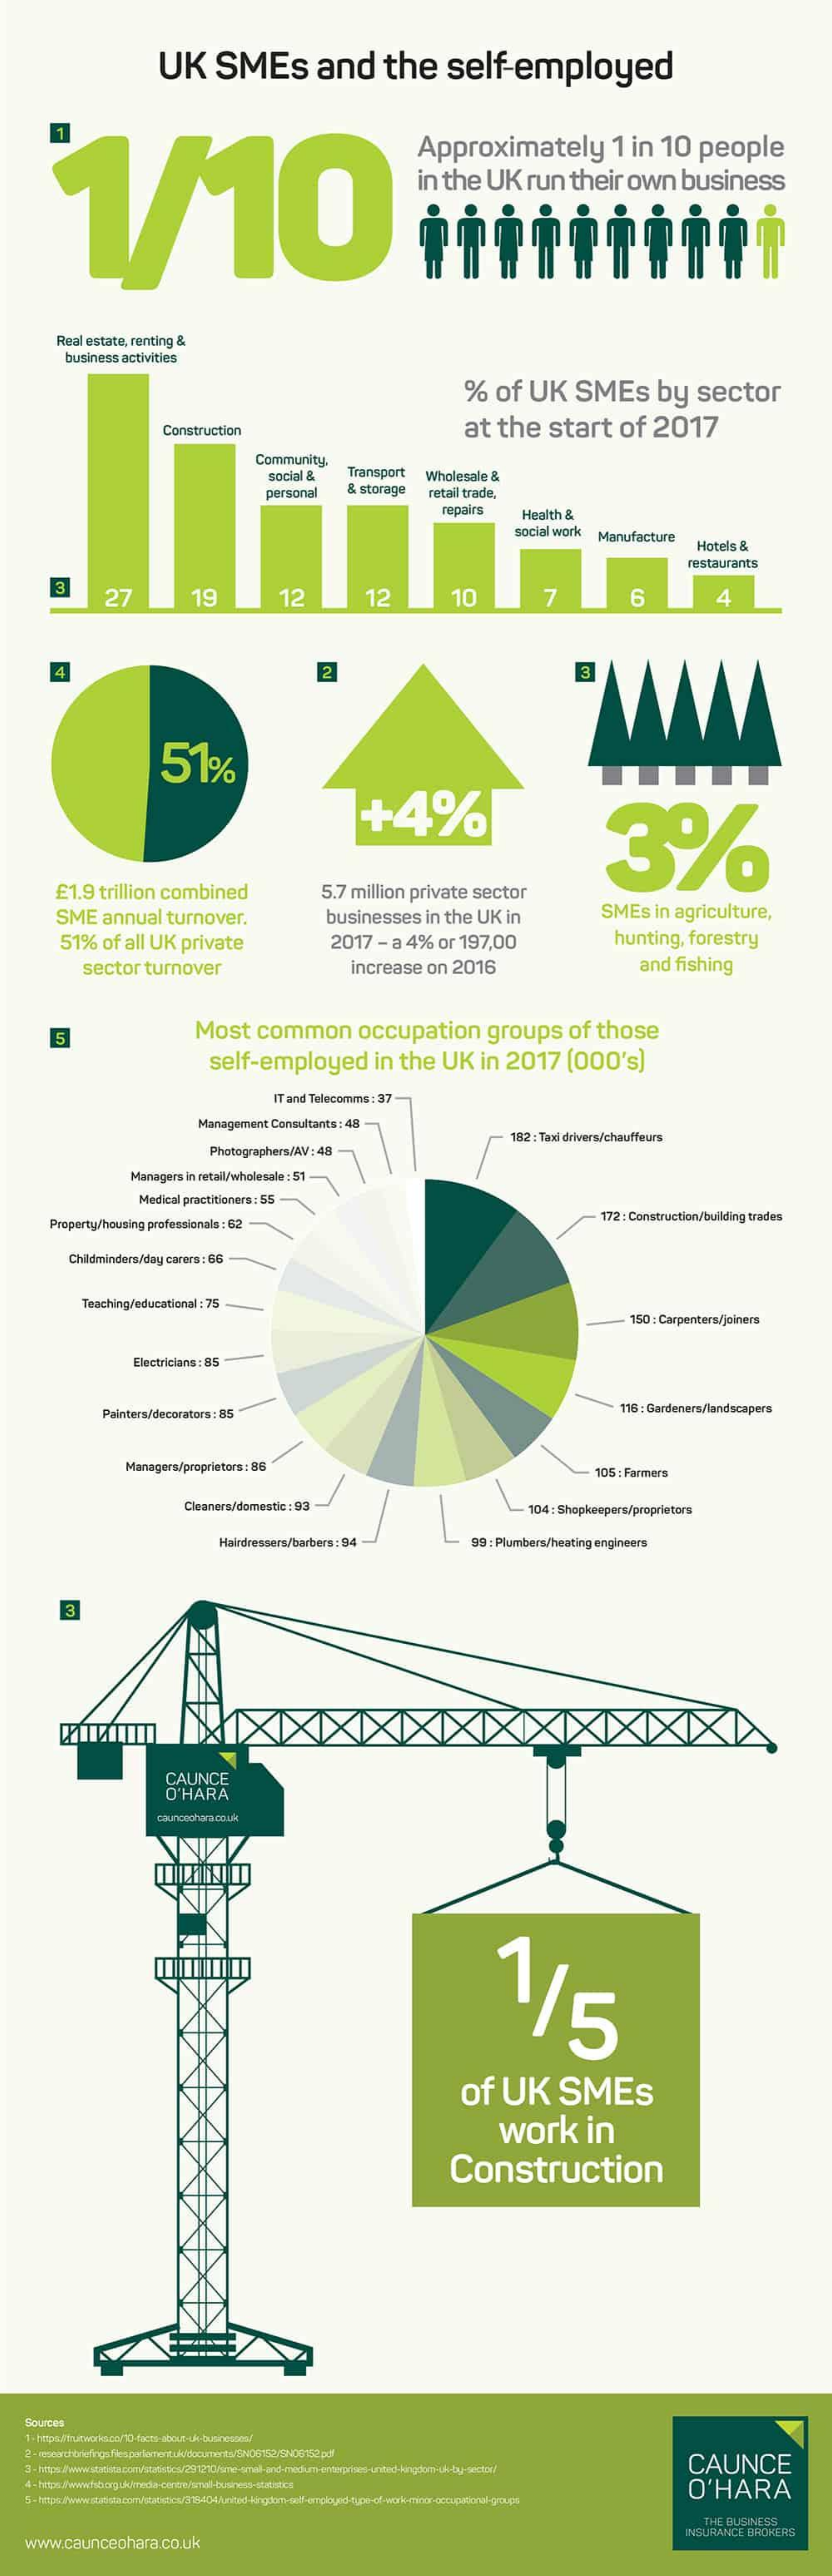
UK SMEs    and  the  self-employed
     1/10
     Approximately  1 in 10 people
     in the UK run their own business
     Real estate, renting &
     business activities
     % of UK SMEs  by sector
     Construction    at the start of 2017
     Community
     social & Transport Wholesale &
     personal & storage retail trade,
     repairs Health &
     social work Manufacture
     Hotels &
     restaurants
     3
     27    19    12    12    10    7    6    4
     4    2    3
     51%
     +4%
     WWW.
    £1.9 trillion combined 5.7 million private sector
     SME annual turnover. businesses in the UK in SMEs in agriculture,
     51% of all UK private 2017 - a 4% or 197,00 hunting, forestry
     sector turnover    increase on 2016    and fishing
     5    Most common occupation groups of those
     self-employed in the UK in 2017 (000's)
     IT and Telecomms : 37
     Management Consultants : 48
     Photographers/AV : 48
     182 : Taxi drivers/chauffeurs
     Managers in retail/wholesale : 51
     Medical practitioners : SS
    Property/housing professionals : 62
     172 : Construction/building trades
     Childminders/day carers : 66
     Teaching/educational : 75
     150 : Carpenters/jeiners
     Electricians : 85
     Painters/decorators : 85    116 : Gardeners/landscapers
     Managers/proprietors : 86    105 : Farmers
     Cleaners/domestic : 93    104 : Shopkeepers/proprietors
     Hairdressers/barbers: 94 99 : Plumbers/heating engineers
     3
     CAUNCE
     O'HARA
     skuncachaca couk
     115
     of UK   SMES
     work   in
     Construction
  Sources
     CAUNCE
     O'HARA
     THE BUSINESS
  www.caunceohara.co.uk
     INSURANCE BROKERS